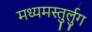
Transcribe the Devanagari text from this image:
मध्यमस्तुर्लुग